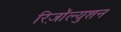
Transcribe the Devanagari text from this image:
रिज़ॉल्युशन